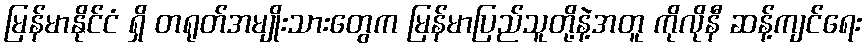
မြန်မာနိုင်ငံ ရှိ တရုတ်အမျိုးသားတွေက မြန်မာပြည်သူတို့နဲ့အတူ ကိုလိုနီ ဆန့်ကျင်ရေး